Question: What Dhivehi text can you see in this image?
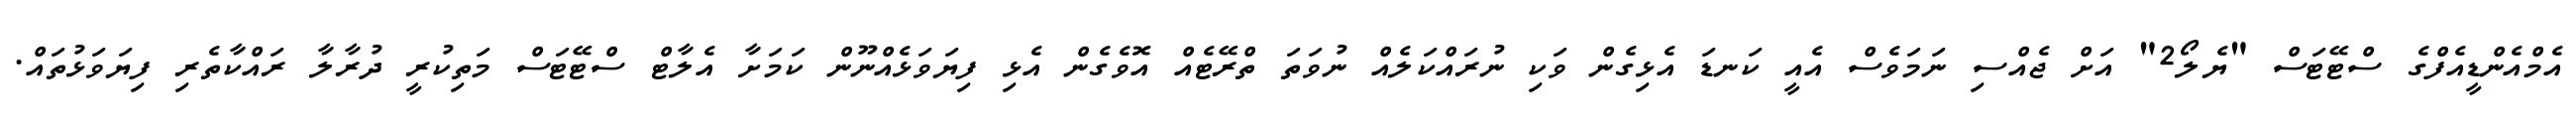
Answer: އެމްއެންޑީއެފްގެ ސްޓޭޓަސް "ޔެލޯ2" އަށް ޖެއްސި ނަމަވެސް އެއީ ކަނޑަ އެޅިގެން ވަކި ނުރައްކަލެއް ނުވަތަ ތްރޭޓެއް އޮވެގެން އެޅި ފިޔަވަޅެއްނޫން ކަމަށާ އެލާޓް ސްޓޭޓަސް މަތިކުރީ ދުރާލާ ރައްކާތެރި ފިޔަވަޅުތައް.